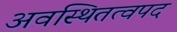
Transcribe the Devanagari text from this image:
अवस्थितत्वपद